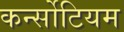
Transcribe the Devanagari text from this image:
कर्न्सोटियम